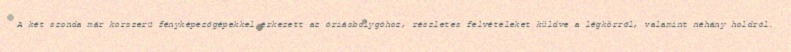
A két szonda már korszerű fényképezőgépekkel érkezett az óriásbolygóhoz, részletes felvételeket küldve a légkörről, valamint néhány holdról.